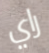
راي